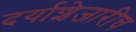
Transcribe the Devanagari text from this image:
दर्याशेजारीच